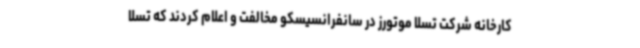
کارخانه شرکت تسلا موتورز در سانفرانسیسکو مخالفت و اعلام کردند که تسلا